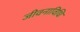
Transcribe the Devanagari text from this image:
जीवनाविधि